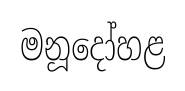
මනූදෝහළ